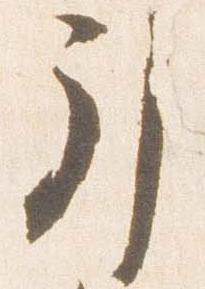
引